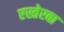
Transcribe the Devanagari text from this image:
एस्तेरबा